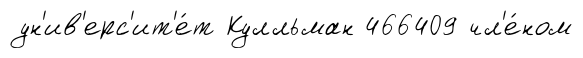
ун'ив'ерс'ит'е́т Кулльман 466409 чл'е́ном